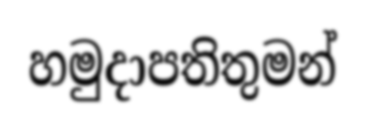
හමුදාපතිතුමන්